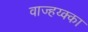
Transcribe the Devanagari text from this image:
वाज्हय्क्का